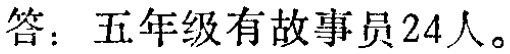
答：五年级有故事员24人。